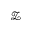
\mathcal { Z }